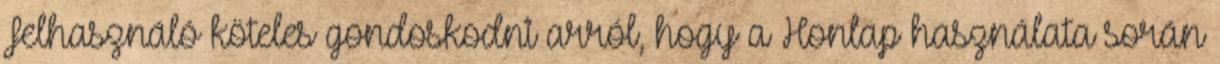
Felhasználó köteles gondoskodni arról, hogy a Honlap használata során